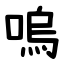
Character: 嗚